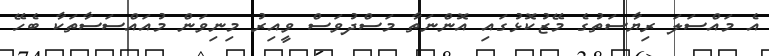
އެ މައްސަލަ ރިޔާސަތުގެ މޭޒުކޮޅުގައި އޮންނަތާ މަސްދުވަސް ވީއިރު މިނިވަން މުއައްސަސާތަކާ ބެހޭ